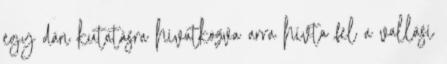
egy dán kutatásra hivatkozva arra hívta fel a vallási